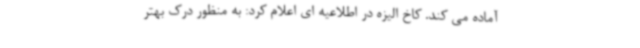
آماده می کند. کاخ الیزه در اطلاعیه ای اعلام کرد: به منظور درک بهتر